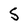
Character: S